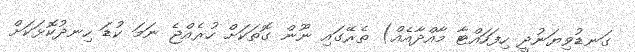
ގަނޑުވިޔަނުދީ ހިފަހައްޓާ މާއްދާއެއް) ތެރޭގައި ނޫން ގޮތަކަށް ހުރެއްޖެ ނަމަ ކުޑަ ހިނދުކޮޅަކަށް